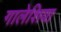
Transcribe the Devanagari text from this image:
गालेशिया